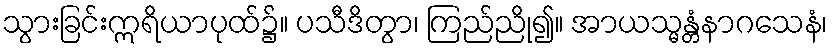
သွားခြင်းဣရိယာပုထ်၌။ ပသီဒိတွာ၊ ကြည်ညို၍။ အာယသ္မန္တံနာဂသေနံ၊